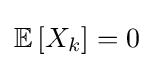
\mathbb {E} \,[X_{k}]=0